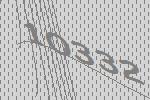
10332